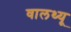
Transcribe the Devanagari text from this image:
वालथ्यू